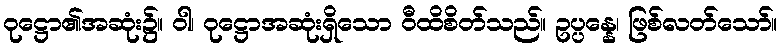
ဝုဋ္ဌော၏အဆုံး၌။ ဝါ၊ ဝုဋ္ဌောအဆုံးရှိသော ဝီထိစိတ်သည်။ ဥပ္ပန္နေ၊ ဖြစ်လတ်သော်။